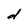
Character: d